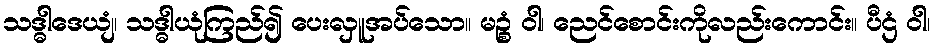
သဒ္ဓါဒေယျံ၊ သဒ္ဓါယုံကြည်၍ ပေးလှူအပ်သော။ မဉ္စံ ဝါ၊ ညေင်စောင်းကိုလည်းကောင်း။ ပီဌံ ဝါ၊